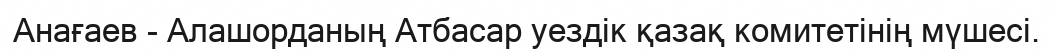
Анағаев - Алашорданың Атбасар уездік қазақ комитетінің мүшесі.